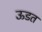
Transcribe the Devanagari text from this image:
ऊडत